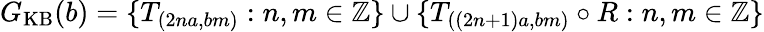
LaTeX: G_{\mathrm{KB}}(b)=\{ T_{(2na,bm)}:n,m\in\mathbb{Z}\} \cup\{ T_{((2n+1)a,bm)}\circ R:n,m\in\mathbb{Z}\}